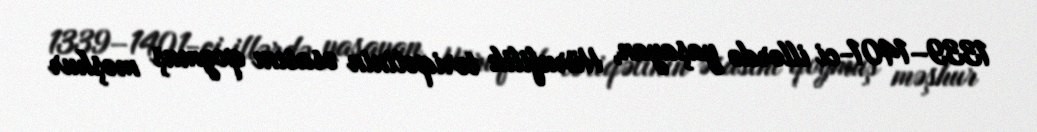
1339–1401-ci illərdə yaşayan, Hürufilik təriqətinin əsasını qoymuş məşhur